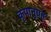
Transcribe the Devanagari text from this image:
कृपानुग्रह